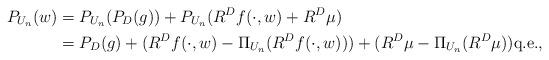
LaTeX: \begin{align*}P_{U_n}(w)&=P_{U_n}(P_D(g))+P_{U_n}(R^Df(\cdot,w)+R^D\mu)\\&=P_{D}(g)+(R^Df(\cdot,w)-\Pi_{U_n}(R^Df(\cdot,w)))+(R^D\mu-\Pi_{U_n}(R^D\mu))\mbox{q.e.},\end{align*}